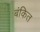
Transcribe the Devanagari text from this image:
बंकित